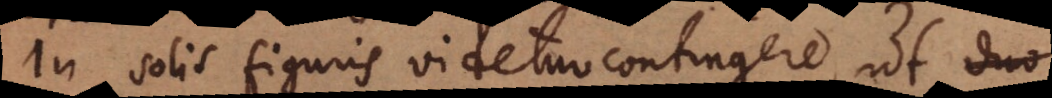
In solis figuris videtur contingere, ut duo